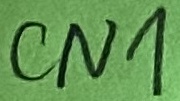
Text: CN1